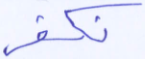
نكفر